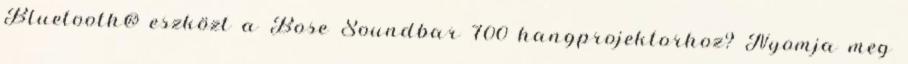
Bluetooth® eszközt a Bose Soundbar 700 hangprojektorhoz? Nyomja meg